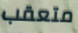
متعقب